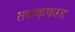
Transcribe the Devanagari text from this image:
तबकफाड